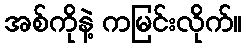
အစ်ကိုနဲ့ ကမြင်းလိုက်။